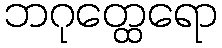
ဘဂုတ္ထေရော